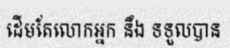
ដើមតែលោកអ្នក នឹង ទទួលបាន